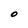
Character: O